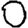
Digit: 0